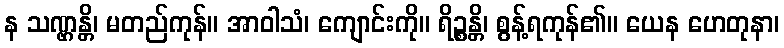
န သဏ္ဌန္တိ၊ မတည်ကုန်။ အာဝါသံ၊ ကျောင်းကို။ ရိဉ္စန္တိ၊ စွန့်ရကုန်၏။ ယေန ဟေတုနာ၊